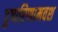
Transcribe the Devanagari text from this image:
दुष्परिणामवश